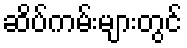
ဆိပ်ကမ်းများတွင်